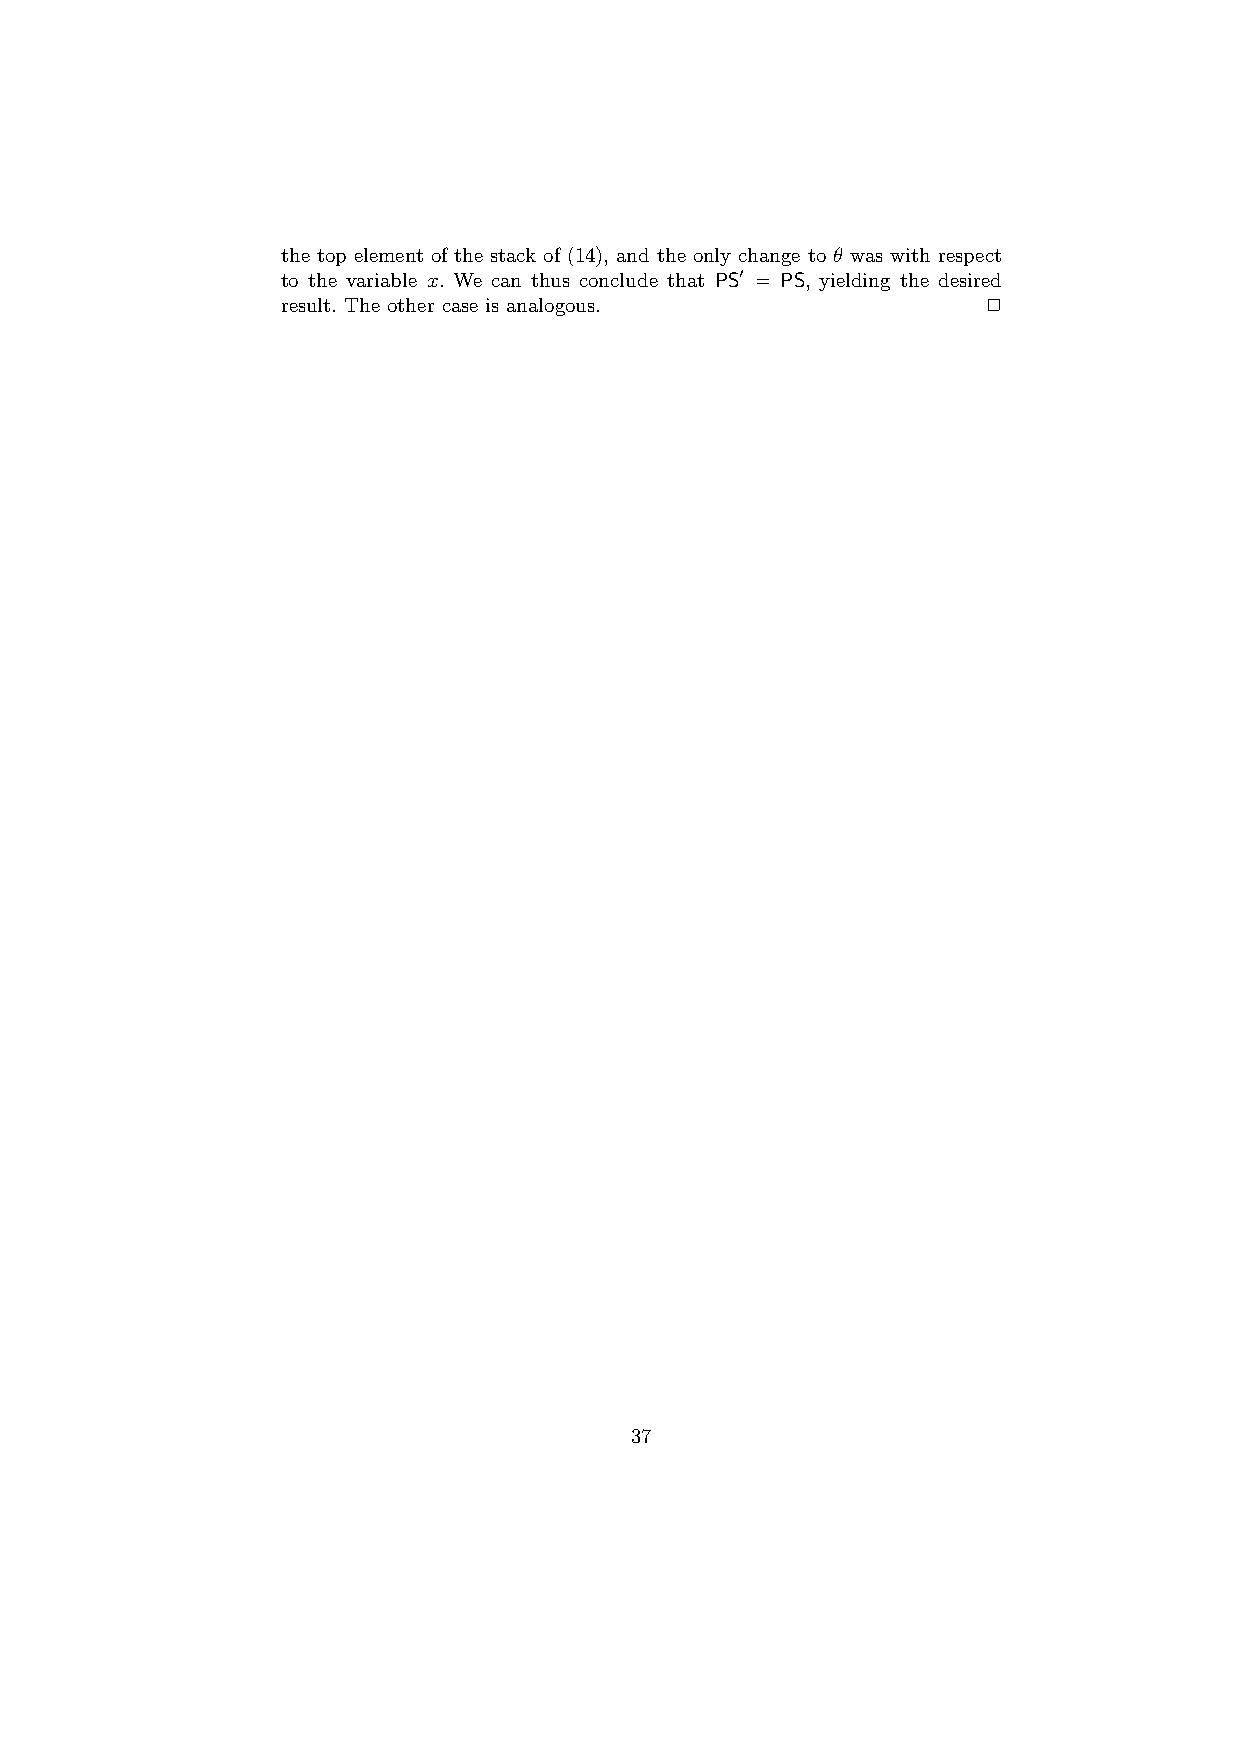
the top element of the stack of (14), and the only change to θ was with respect
 to the variable x. We can thus conclude that PS0 = PS, yielding the desired
 result. The other case is analogous.          2
 37